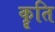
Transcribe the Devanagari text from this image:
कॄति